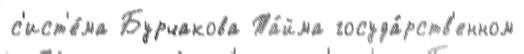
с'ист'е́ма Бурчакова Та́йма госуда́рств'енном